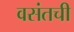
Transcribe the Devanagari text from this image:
वसंतची